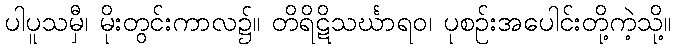
ပါပူသမှီ၊ မိုးတွင်းကာလ၌။ တိရိဋိသင်္ဃာရဝ၊ ပုစဉ်းအပေါင်းတို့ကဲ့သို့။